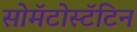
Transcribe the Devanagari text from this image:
सोमॅटोस्टॅटिन